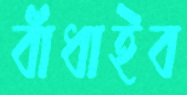
বাঁধাইব